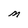
Character: M